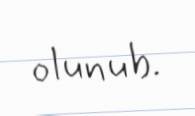
olunub.